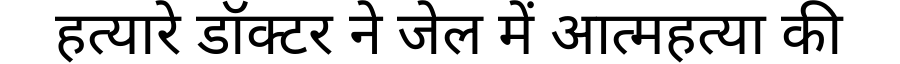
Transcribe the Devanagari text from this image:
हत्यारे डॉक्टर ने जेल में आत्महत्या की